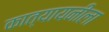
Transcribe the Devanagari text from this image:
कात्यायनीला